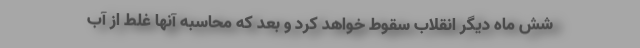
شش ماه دیگر انقلاب سقوط خواهد کرد و بعد که محاسبه آنها غلط از آب